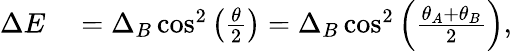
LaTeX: \begin{array}{rl}{\Delta E}&{{}=\Delta_{B}\cos^{2}\left(\frac{\theta}{2}\right)=\Delta_{B}\cos^{2}\left(\frac{\theta_{A}+\theta_{B}}{2}\right),}\end{array}